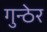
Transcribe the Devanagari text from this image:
गुन्ठेर